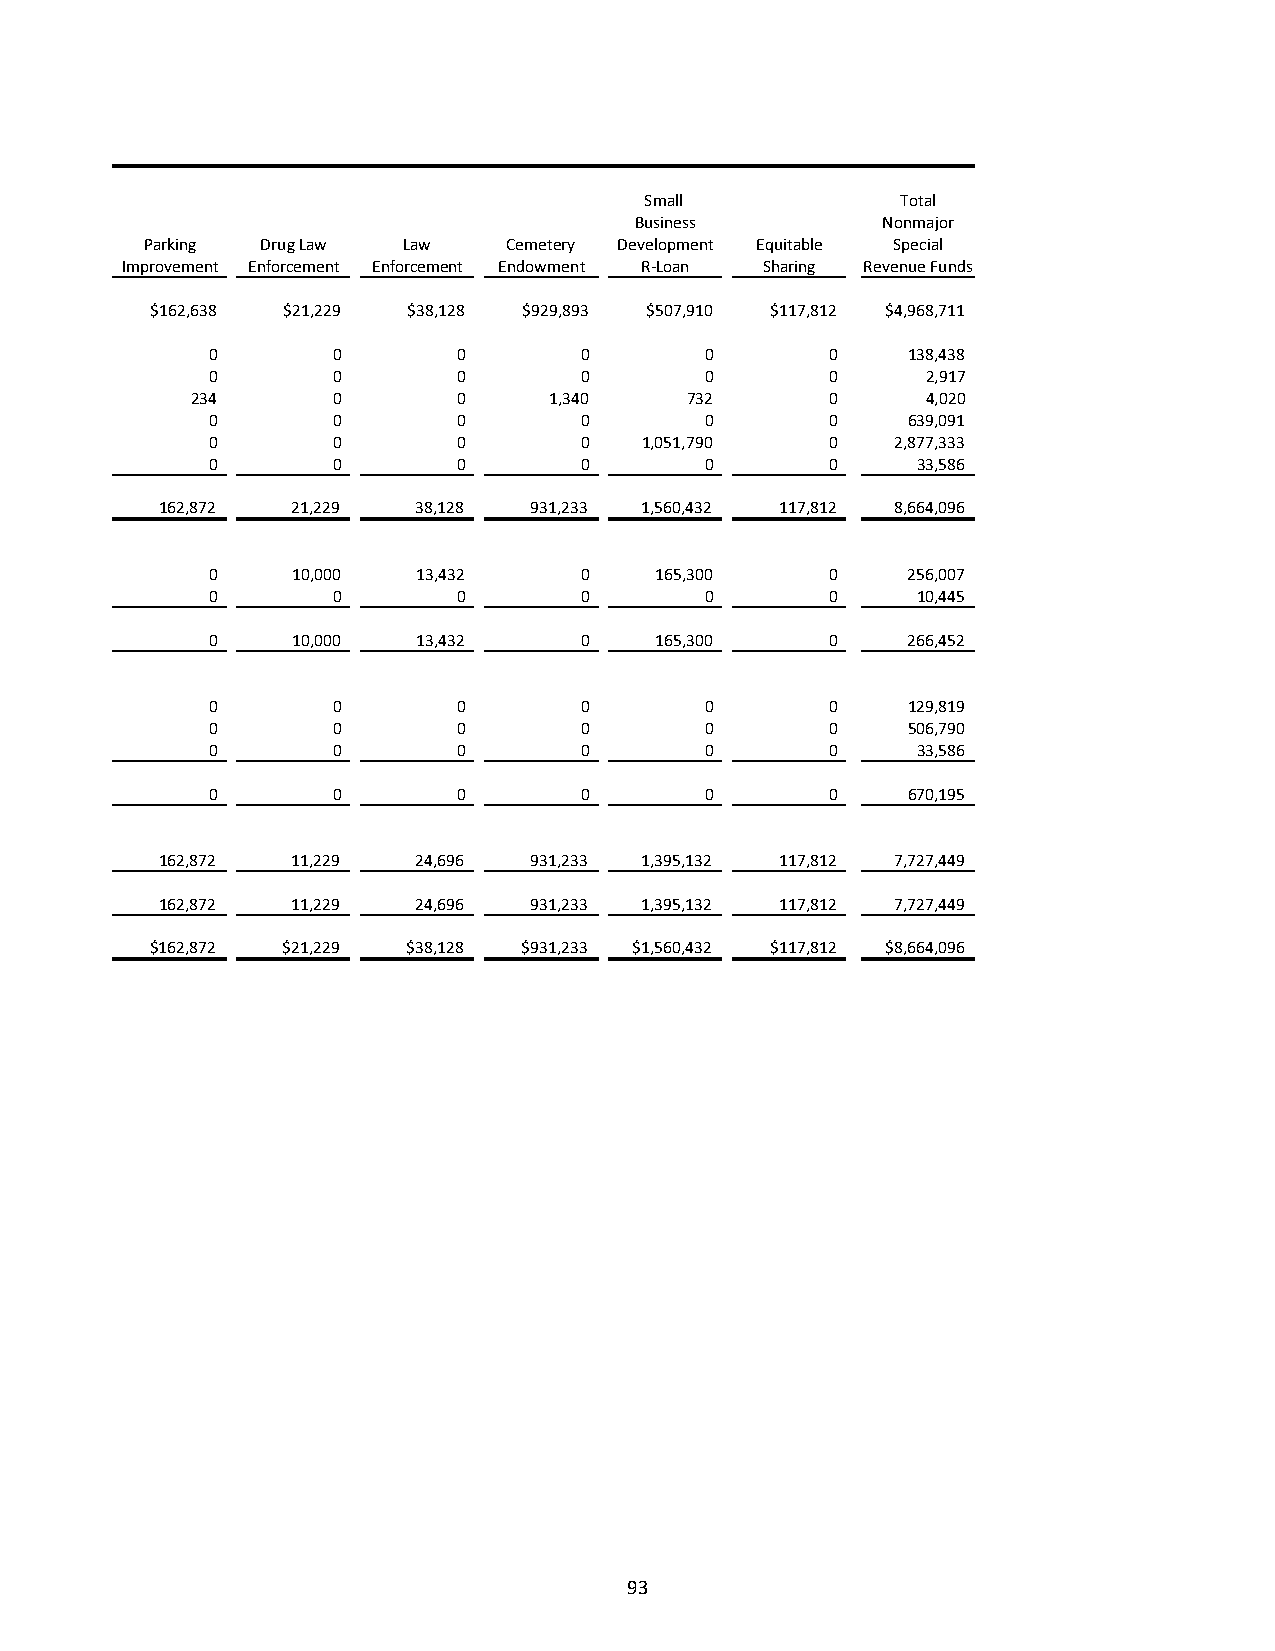
Small            Total
 Business        Nonmajor
 Parking Drug Law Law    Cemetery Development Equitable Special
 Improvement Enforcement Enforcement Endowment R‐Loan Sharing Revenue Funds
 $162,638 $21,229 $38,128 $929,893 $507,910 $117,812 $4,968,711
 0       0       0       0        0       0    138,438
 0       0       0       0        0       0     2,917
 234      0       0     1,340    732       0     4,020
 0       0       0       0        0       0    639,091
 0       0       0       0   1,051,790    0   2,877,333
 0       0       0       0        0       0     33,586
 162,872 21,229   38,128 931,233 1,560,432 117,812 8,664,096
 0    10,000   13,432    0    165,300     0    256,007
 0       0       0       0        0       0     10,445
 0    10,000   13,432    0    165,300     0    266,452
 0       0       0       0        0       0    129,819
 0       0       0       0        0       0    506,790
 0       0       0       0        0       0     33,586
 0       0       0       0        0       0    670,195
 162,872 11,229   24,696 931,233 1,395,132 117,812 7,727,449
 162,872 11,229   24,696 931,233 1,395,132 117,812 7,727,449
 $162,872 $21,229 $38,128 $931,233 $1,560,432 $117,812 $8,664,096
 93